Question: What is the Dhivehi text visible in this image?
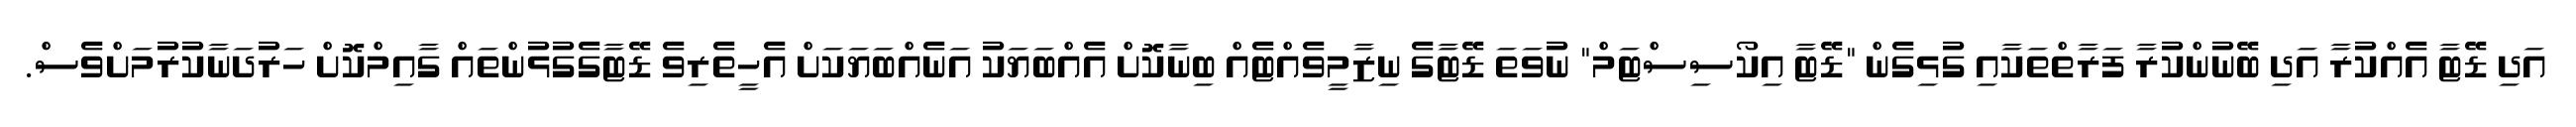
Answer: އަދި ޑޭޓާ އެއްކުރާ އަދި ބޭނުންކުރާ ފަރާތްތަކާއި ގުޅިގެން "ޑޭޓާ އިކޯސިސްޓަމް" ނުވަތަ ޑޭޓާގެ ނިޒާމީވެއްޓެއް ބިނާކޮށް އެއްބަޔަކު އަނެއްބަޔަކަށް އެހީތެރިވެ ޑޭޓާގެގުޅުންތައް ގާއިމްކޮށް ހަރުދަނާކުރުމަށްވެސް.